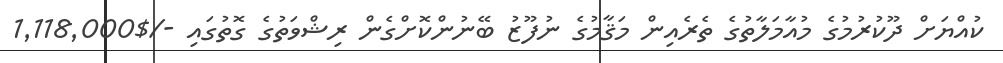
ކުއްޔަށް ދޫކުރުމުގެ މުއާމަލާތުގެ ތެރެއިން މަޤާމުގެ ނުފޫޒު ބޭނުންކޮށްގެން ރިޝްވަތުގެ ގޮތުގައި -/$1